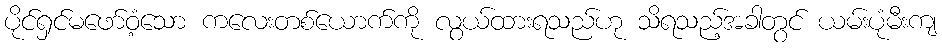
ပိုင်ရှင်မဖော်ဝံ့သော ကလေးတစ်ယောက်ကို လွယ်ထားရသည်ဟု သိရသည့်အခါတွင် ယမ်းပုံမီးကျ